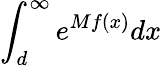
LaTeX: \int_{d}^{\infty}e^{Mf(x)}dx